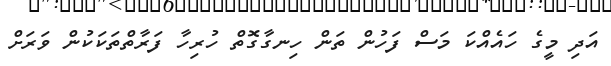
އަދި މީގެ ހައެއްކަ މަސް ފަހުން ތަން ހިނގާގޮތް ހުރިހާ ފަރާތްތަކަކުން ވަރަށް